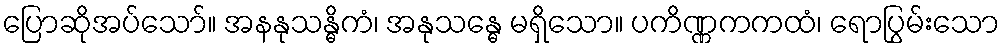
ပြောဆိုအပ်သော်။ အနနုသန္ဓိကံ၊ အနုသန္ဓေ မရှိသော။ ပကိဏ္ဏကကထံ၊ ရောပြွမ်းသော